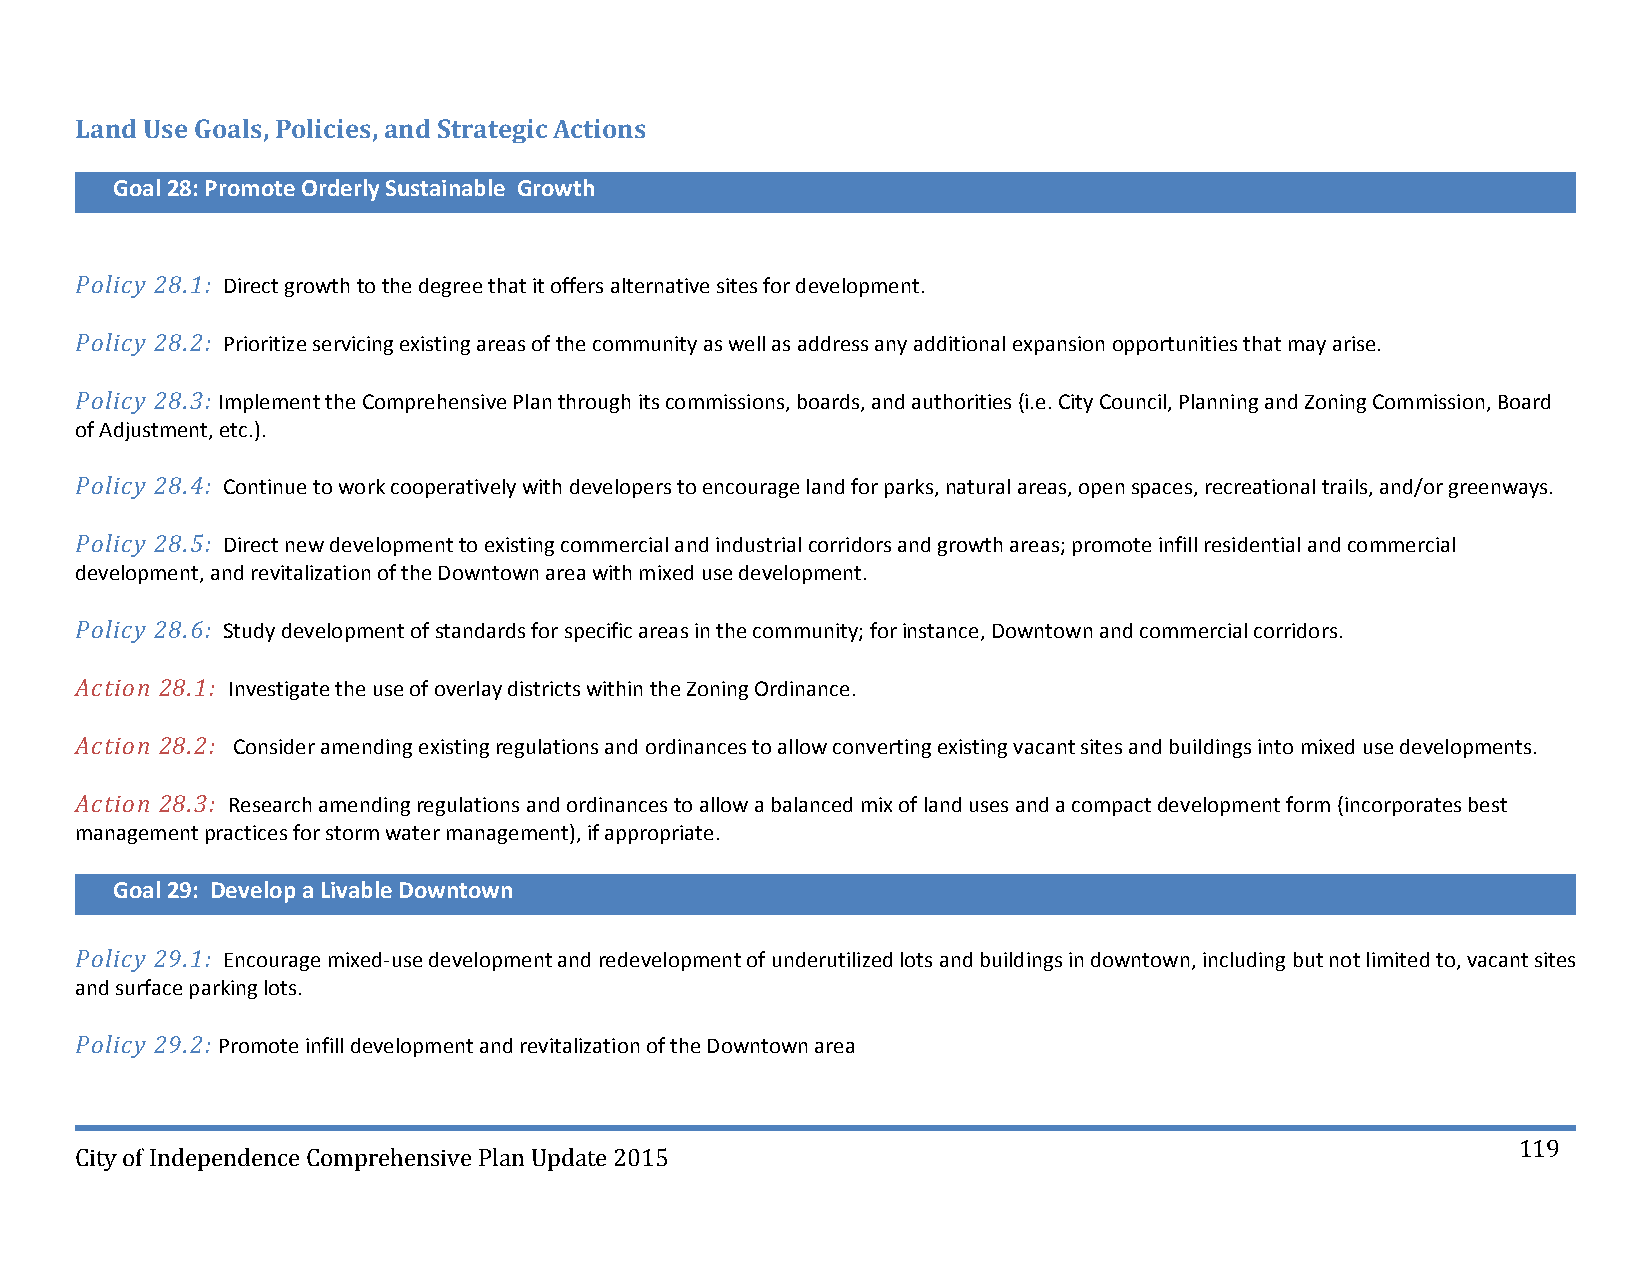
Land Use Goals, Policies, and Strategic Actions
 Goal 28: Promote Orderly Sustainable Growth
 Policy 28.1: Direct growth to the degree that it offers alternative sites for development.
 Policy 28.2: Prioritize servicing existing areas of the community as well as address any additional expansion opportunities that may arise.
 Policy 28.3: Implement the Comprehensive Plan through its commissions, boards, and authorities (i.e. City Council, Planning and Zoning Commission, Board
 of Adjustment, etc.).
 Policy 28.4: Continue to work cooperatively with developers to encourage land for parks, natural areas, open spaces, recreational trails, and/or greenways.
 Policy 28.5: Direct new development to existing commercial and industrial corridors and growth areas; promote infill residential and commercial
 development, and revitalization of the Downtown area with mixed use development.
 Policy 28.6: Study development of standards for specific areas in the community; for instance, Downtown and commercial corridors.
 Action 28.1: Investigate the use of overlay districts within the Zoning Ordinance.
 Action 28.2: Consider amending existing regulations and ordinances to allow converting existing vacant sites and buildings into mixed use developments.
 Action 28.3: Research amending regulations and ordinances to allow a balanced mix of land uses and a compact development form (incorporates best
 management practices for storm water management), if appropriate.
 Goal 29: Develop a Livable Downtown
 Policy 29.1: Encourage mixed‐use development and redevelopment of underutilized lots and buildings in downtown, including but not limited to, vacant sites
 and surface parking lots.
 Policy 29.2: Promote infill development and revitalization of the Downtown area
 119
 City of Independence Comprehensive Plan Update 2015